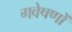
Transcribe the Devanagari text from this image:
गवेषणों